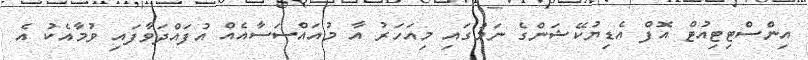
އިންސްޓިޓިއުޓް އޮފް އެޑިޔުކޭޝަންގެ ނަމުގައި މިއަހަރު އާ މުއައްސަސާއެއް އުފައްދަވާފައި ވުމާއެކު އެ